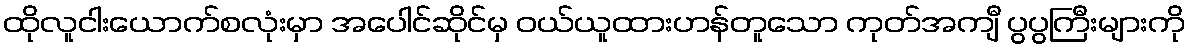
ထိုလူငါးယောက်စလုံးမှာ အပေါင်ဆိုင်မှ ဝယ်ယူထားဟန်တူသော ကုတ်အကျီ ပွပွကြီးများကို